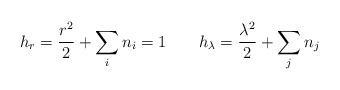
LaTeX: \begin{align*}h_{r} = \frac{r^{2}}{2} + \sum_{i} n_{i} = 1 ~~~~~~h_{\lambda} = \frac{\lambda^{2}}{2} + \sum_{j} n_{j}\end{align*}